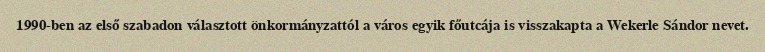
1990-ben az első szabadon választott önkormányzattól a város egyik főutcája is visszakapta a Wekerle Sándor nevet.